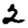
Digit: 2